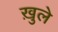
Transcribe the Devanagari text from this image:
ख़ुले